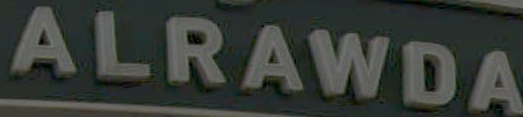
ALRAWDA